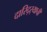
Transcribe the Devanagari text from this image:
दारिद्‌र्‍याची